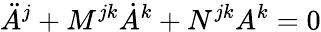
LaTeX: \ddot{A}^{j}+M^{jk}\dot{A}^{k}+N^{jk}A^{k}=0